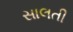
સાલતી